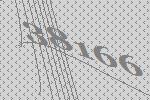
38166